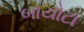
બાયોટા